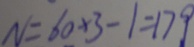
N = 6 0 \times 3 - 1 = 1 7 9